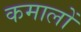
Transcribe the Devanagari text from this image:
कमालों